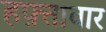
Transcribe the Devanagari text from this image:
हफ़्तावार